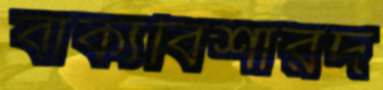
বাক্যবিশারদ